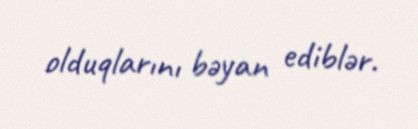
olduqlarını bəyan ediblər.